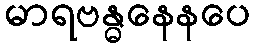
မာရဗန္ဓနေနပေ